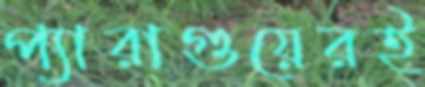
প্যারাগুয়েরই